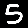
Digit: 5